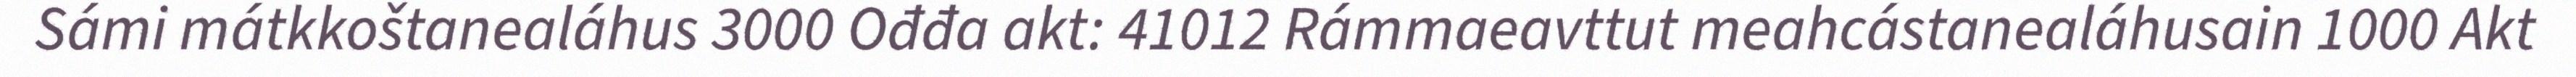
Sámi mátkkoštanealáhus 3000 Ođđa akt: 41012 Rámmaeavttut meahcástanealáhusain 1000 Akt